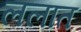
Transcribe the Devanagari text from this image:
ललात